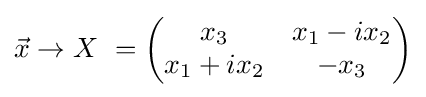
{\vec {x}}\rightarrow X\ =\left({\begin{matrix}x_{3}&x_{1}-ix_{2}\\x_{1}+ix_{2}&-x_{3}\end{matrix}}\right)